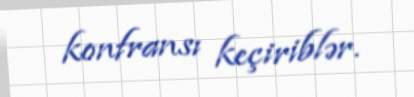
konfransı keçiriblər.